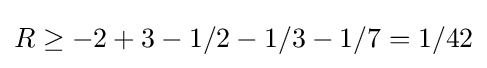
R\geq -2+3-1/2-1/3-1/7=1/42